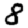
Digit: 8